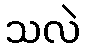
သလဲ